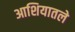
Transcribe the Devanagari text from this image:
आशियातले